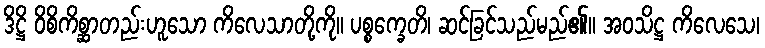
ဒိဋ္ဌိ ဝိစိကိစ္ဆာတည်းဟူသော ကိလေသာတို့ကို။ ပစ္စက္ခေတိ၊ ဆင်ခြင်သည်မည်၏။ အဝသိဋ္ဌ ကိလေသေ၊